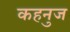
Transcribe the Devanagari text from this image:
कहनुज